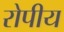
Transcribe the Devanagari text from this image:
रोपीय